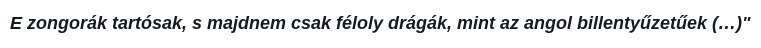
E zongorák tartósak, s majdnem csak féloly drágák, mint az angol billentyűzetűek (…)"